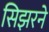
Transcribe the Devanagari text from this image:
सिझरने